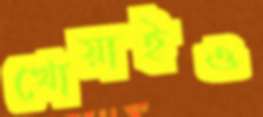
খোয়াইও